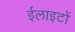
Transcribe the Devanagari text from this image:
ईलाइटों